Calcutta medical institutions reports 1892-1900
Year: 1892
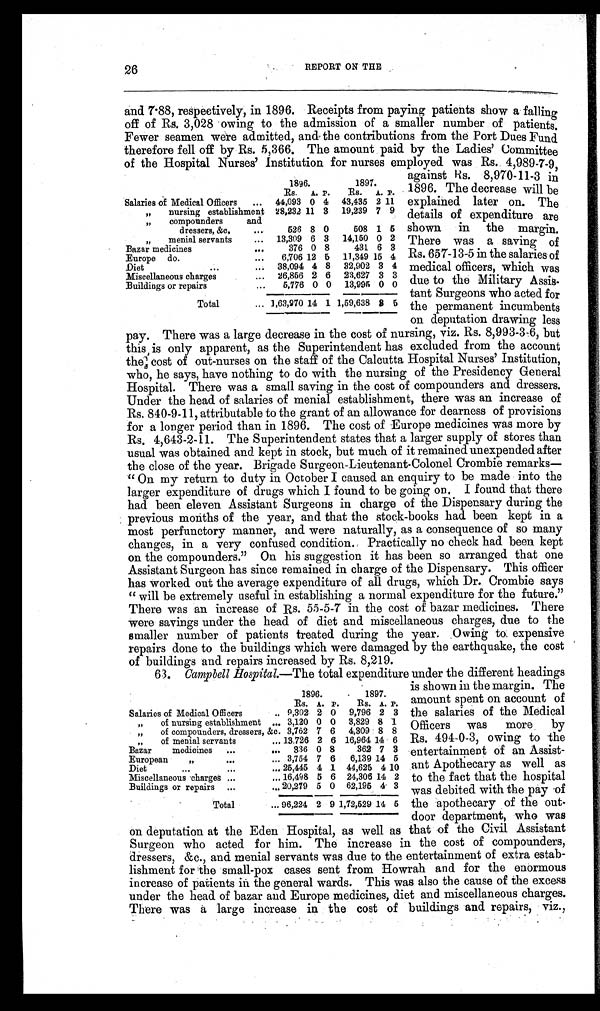
26
REPORT ON THE
and 7.88, respectively, in 1896. Receipts from paying patients show a falling
off of Rs. 3,028 owing to the admission of a smaller number of patients.
Fewer seamen were admitted, and the contributions from the Port Dues Fund
therefore fell off by Rs. 5,366. The amount paid by the Ladies' Committee
of the Hospital Nurses' Institution for nurses employed was Rs. 4,989-7-9,
1896.
1897.
Rs. A. P.
Rs. A. P.
Salaries of Medical Officers
... 44,093 0 4 43,435 2 11
„ nursing establishment 28,232 11 3 19,239 7 9
„ compounders and
dressers, &c.
...
526 8 0
508 1 5
„ menial servants
... 13,309 6 3 14,150 0 2
Bazar medicines
...
376 0 8
431 6 3
Europe do.
...
6,706 12 5 11,349 15 4
Diet
...
... 38,094 4 8 32,902 3 4
Miscellaneous charges
... 26,856 2 6 23,627 3 3
Buildings or repairs
...
5,776 0 0 13,995 0 0
Total
... 1,63,970 14 1 1,59,638 3 5
against Rs. 8,970-11-3 in
1896. The decrease will be
explained later on. The
details of expenditure are
shown in the margin.
There was a saving of
Rs. 657-13-5 in the salaries of
medical officers, which was
due to the Military Assis-
tant Surgeons who acted for
the permanent incumbents
on deputation drawing less
pay. There was a large decrease in the cost of nursing, viz. Rs. 8,993-3-6, but
this, is only apparent, as the Superintendent has excluded from the account
the cost of out-nurses on the staff of the Calcutta Hospital Nurses' Institution,
who, he says, have nothing to do with the nursing of the Presidency General
Hospital. There was a small saving in the cost of compounders and dressers.
Under the head of salaries of menial establishment, there was an increase of
Rs. 840-9-11, attributable to the grant of an allowance for dearness of provisions
for a longer period than in 1896. The cost of Europe medicines was more by
Rs. 4,643-2-11. The Superintendent states that a larger supply of stores than
usual was obtained and kept in stock, but much of it remained unexpended after
the close of the year. Brigade Surgeon-Lieutenant-Colonel Crombie remarks
— " O n m y r e t u r n t o d u t y i n O c t o b e r I c a u s e d a n e n q u i r y t o b e m a d e i n t o t h e
larger expenditure of drugs which I found to be going on. I found that there
had been eleven Assistant Surgeons in charge of the Dispensary during the
previous months of the year, and that the stock-books had been kept in a
most perfunctory manner, and were naturally, as a consequence of so many
changes, in a very confused condition. Practically no check had been kept
on the compounders." On his suggestion it has been so arranged that one
Assistant Surgeon has since remained in charge of the Dispensary. This officer
has worked out the average expenditure of all drugs, which Dr. Crombie says
" will be extremely useful in establishing a normal expenditure for the future."
There was an increase of Rs. 55-5-7 in the cost of bazar medicines. There
were savings under the head of diet and miscellaneous charges, due to the
smaller number of patients treated during the year. Owing to expensive
repairs done to the buildings which were damaged by the earthquake, the cost
of buildings and repairs increased by Rs. 8,219.
63. Campbell Hospital.— The total expenditure under the different headings
is shown in the margin. The
amount spent on account of
the salaries of the Medical
Officers was more by
Rs. 494-0-3, owing to the
entertainment of an Assist-
ant Apothecary as well as
to the fact that the hospital
was debited with the pay of
the apothecary of the out-
door department, who was
on deputation at the Eden Hospital, as well as that of the Civi1 Assistant
Surgeon who acted for him. The increase in the cost of compounders,
dressers, &c., and. menial servants was due to the entertainment of extra estab-
lishment for the small-pox cases sent from Howrah and for the enormous
increase of patients in the general wards. This was also the cause of the excess
under the head of bazar and Europe medicines, diet and miscellaneous charges.
There was a large increase in the cost of buildings and repairs, viz.,
1896.
1897.
Rs. A. P.
Rs. A. P.
Salaries of Medical Officers
.. 9,302 2 0 9,796 2 3
„ of nursing establishment ... 3,120 0 0 3,829 8 1
„ of compounders, dressers, &c. 3,762 7 6 4,309 8 8
„ of menial servants
... 13,726 2 6 16,964 14 6
Bazar medicines . . .
. . . 336 0 8
362 7 3
European „
. . .
... 3,754 7 6 6,139 14 5
Diet
. . .
...
... 25,445 4 1 44,625 4 10
Miscellaneous charges ...
... 16,498 5 6 24,306 14 2
Buildings or repairs ...
... 20,279 5 0 62,195 4 3
Total
... 96,224 2 9 1,72,529 14 5